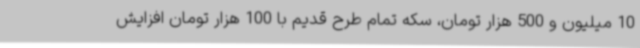
10 میلیون و 500 هزار تومان، سکه تمام طرح قدیم با 100 هزار تومان افزایش